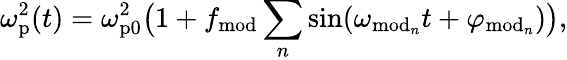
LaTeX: \omega_{\mathrm{p}}^{2}(t)=\omega_{\mathrm{p0}}^{2}\big(1+f_{\mathrm{mod}}\sum_{n}\sin(\omega_{\mathrm{mod}_{n}}t+\varphi_{\mathrm{mod}_{n}})\big),